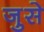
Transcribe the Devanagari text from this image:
जुसे